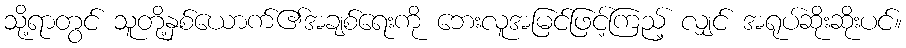
သို့ရာတွင် သူတို့နှစ်ယောက်၏အချစ်ရေးကို ဘေးလူအမြင်ဖြင့်ကြည့် လျှင် အရုပ်ဆိုးဆိုးပင်။